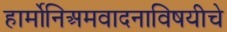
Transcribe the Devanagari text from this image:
हार्मोनिअमवादनाविषयीचे